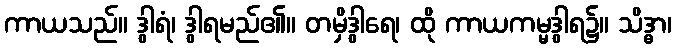
ကာယသည်။ ဒွါရံ၊ ဒွါရမည်၏။ တမှိဒွါရေ၊ ထို ကာယကမ္မဒွါရ၌။ သိဒ္ဓာ၊